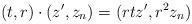
LaTeX: \begin{align*} (t,r)\cdot (z',z_n) = (rtz',r^2z_n)\end{align*}